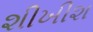
શીખીશ